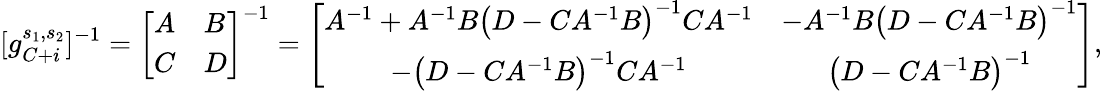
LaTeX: [g_{C+i}^{s_{1},s_{2}}]^{-1}=\left[\begin{array}{ll}{A}&{B}\\ {C}&{D}\end{array}\right]^{-1}=\left[\begin{array}{cc}{A^{-1}+A^{-1}B\left(D-CA^{-1}B\right)^{-1}CA^{-1}}&{-A^{-1}B\left(D-CA^{-1}B\right)^{-1}}\\ {-\left(D-CA^{-1}B\right)^{-1}CA^{-1}}&{\left(D-CA^{-1}B\right)^{-1}}\end{array}\right],